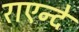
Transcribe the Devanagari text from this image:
राएन्दे